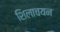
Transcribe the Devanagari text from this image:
शिलाचयन